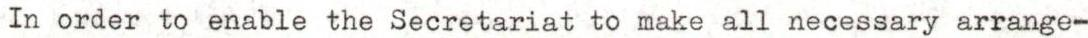
In order to enable the Secretariat to make all necessary arrange-